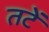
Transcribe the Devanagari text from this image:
तटें